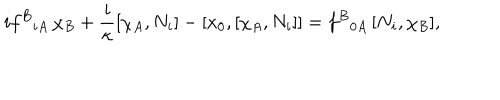
i f ^ { B } { } _ { i A } \, \chi _ { B } + \frac { i } \kappa [ \chi _ { A } , N _ { i } ] - [ x _ { 0 } , [ \chi _ { A } , N _ { i } ] ] = f ^ { B } { } _ { 0 A } \, [ N _ { i } , \chi _ { B } ] ,